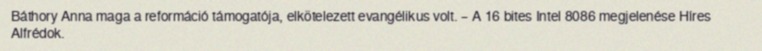
Báthory Anna maga a reformáció támogatója, elkötelezett evangélikus volt. – A 16 bites Intel 8086 megjelenése Híres Alfrédok.